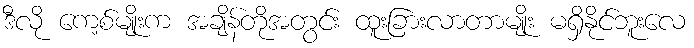
ဒီလို ကေ့စ်မျိုးက အချိန်တိုအတွင်း ထူးခြားလာတာမျိုး မရှိနိုင်ဘူးလေ